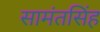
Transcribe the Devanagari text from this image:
सामंतसिंह